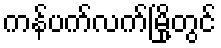
ကန်ပက်လက်မြို့တွင်